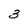
Character: 3